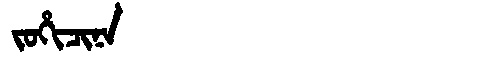
Manchu: ᠵᠣᡥᡳᠴᡳᠨᠠ
Romanization: JOHICINA